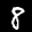
Label: 8